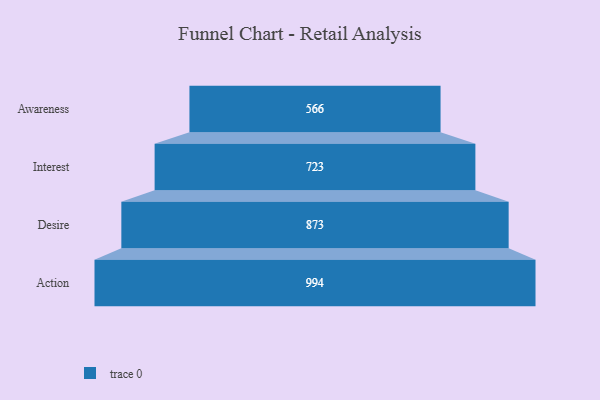
{"axis": {"x": "Stage", "y": "Value"}, "legend": [""], "data": [{"x": "Awareness", "y": 566.0, "type": ""}, {"x": "Interest", "y": 723.0, "type": ""}, {"x": "Desire", "y": 873.0, "type": ""}, {"x": "Action", "y": 994.0, "type": ""}]}